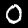
Label: 0